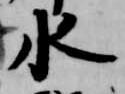
水